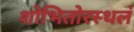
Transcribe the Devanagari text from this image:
शोभितोरस्थलं